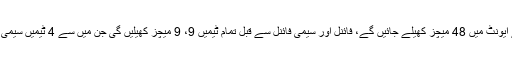
آئی سی سی ورلڈ کپ کے ایونٹ میں 48 میچز کھیلے جائیں گے، فائنل اور سیمی فائنل سے قبل تمام ٹیمیں 9، 9 میچز کھیلیں گی جن میں سے 4 ٹیمیں سیمی فائنل میں جگہ بنائیں گی۔